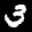
Label: 3